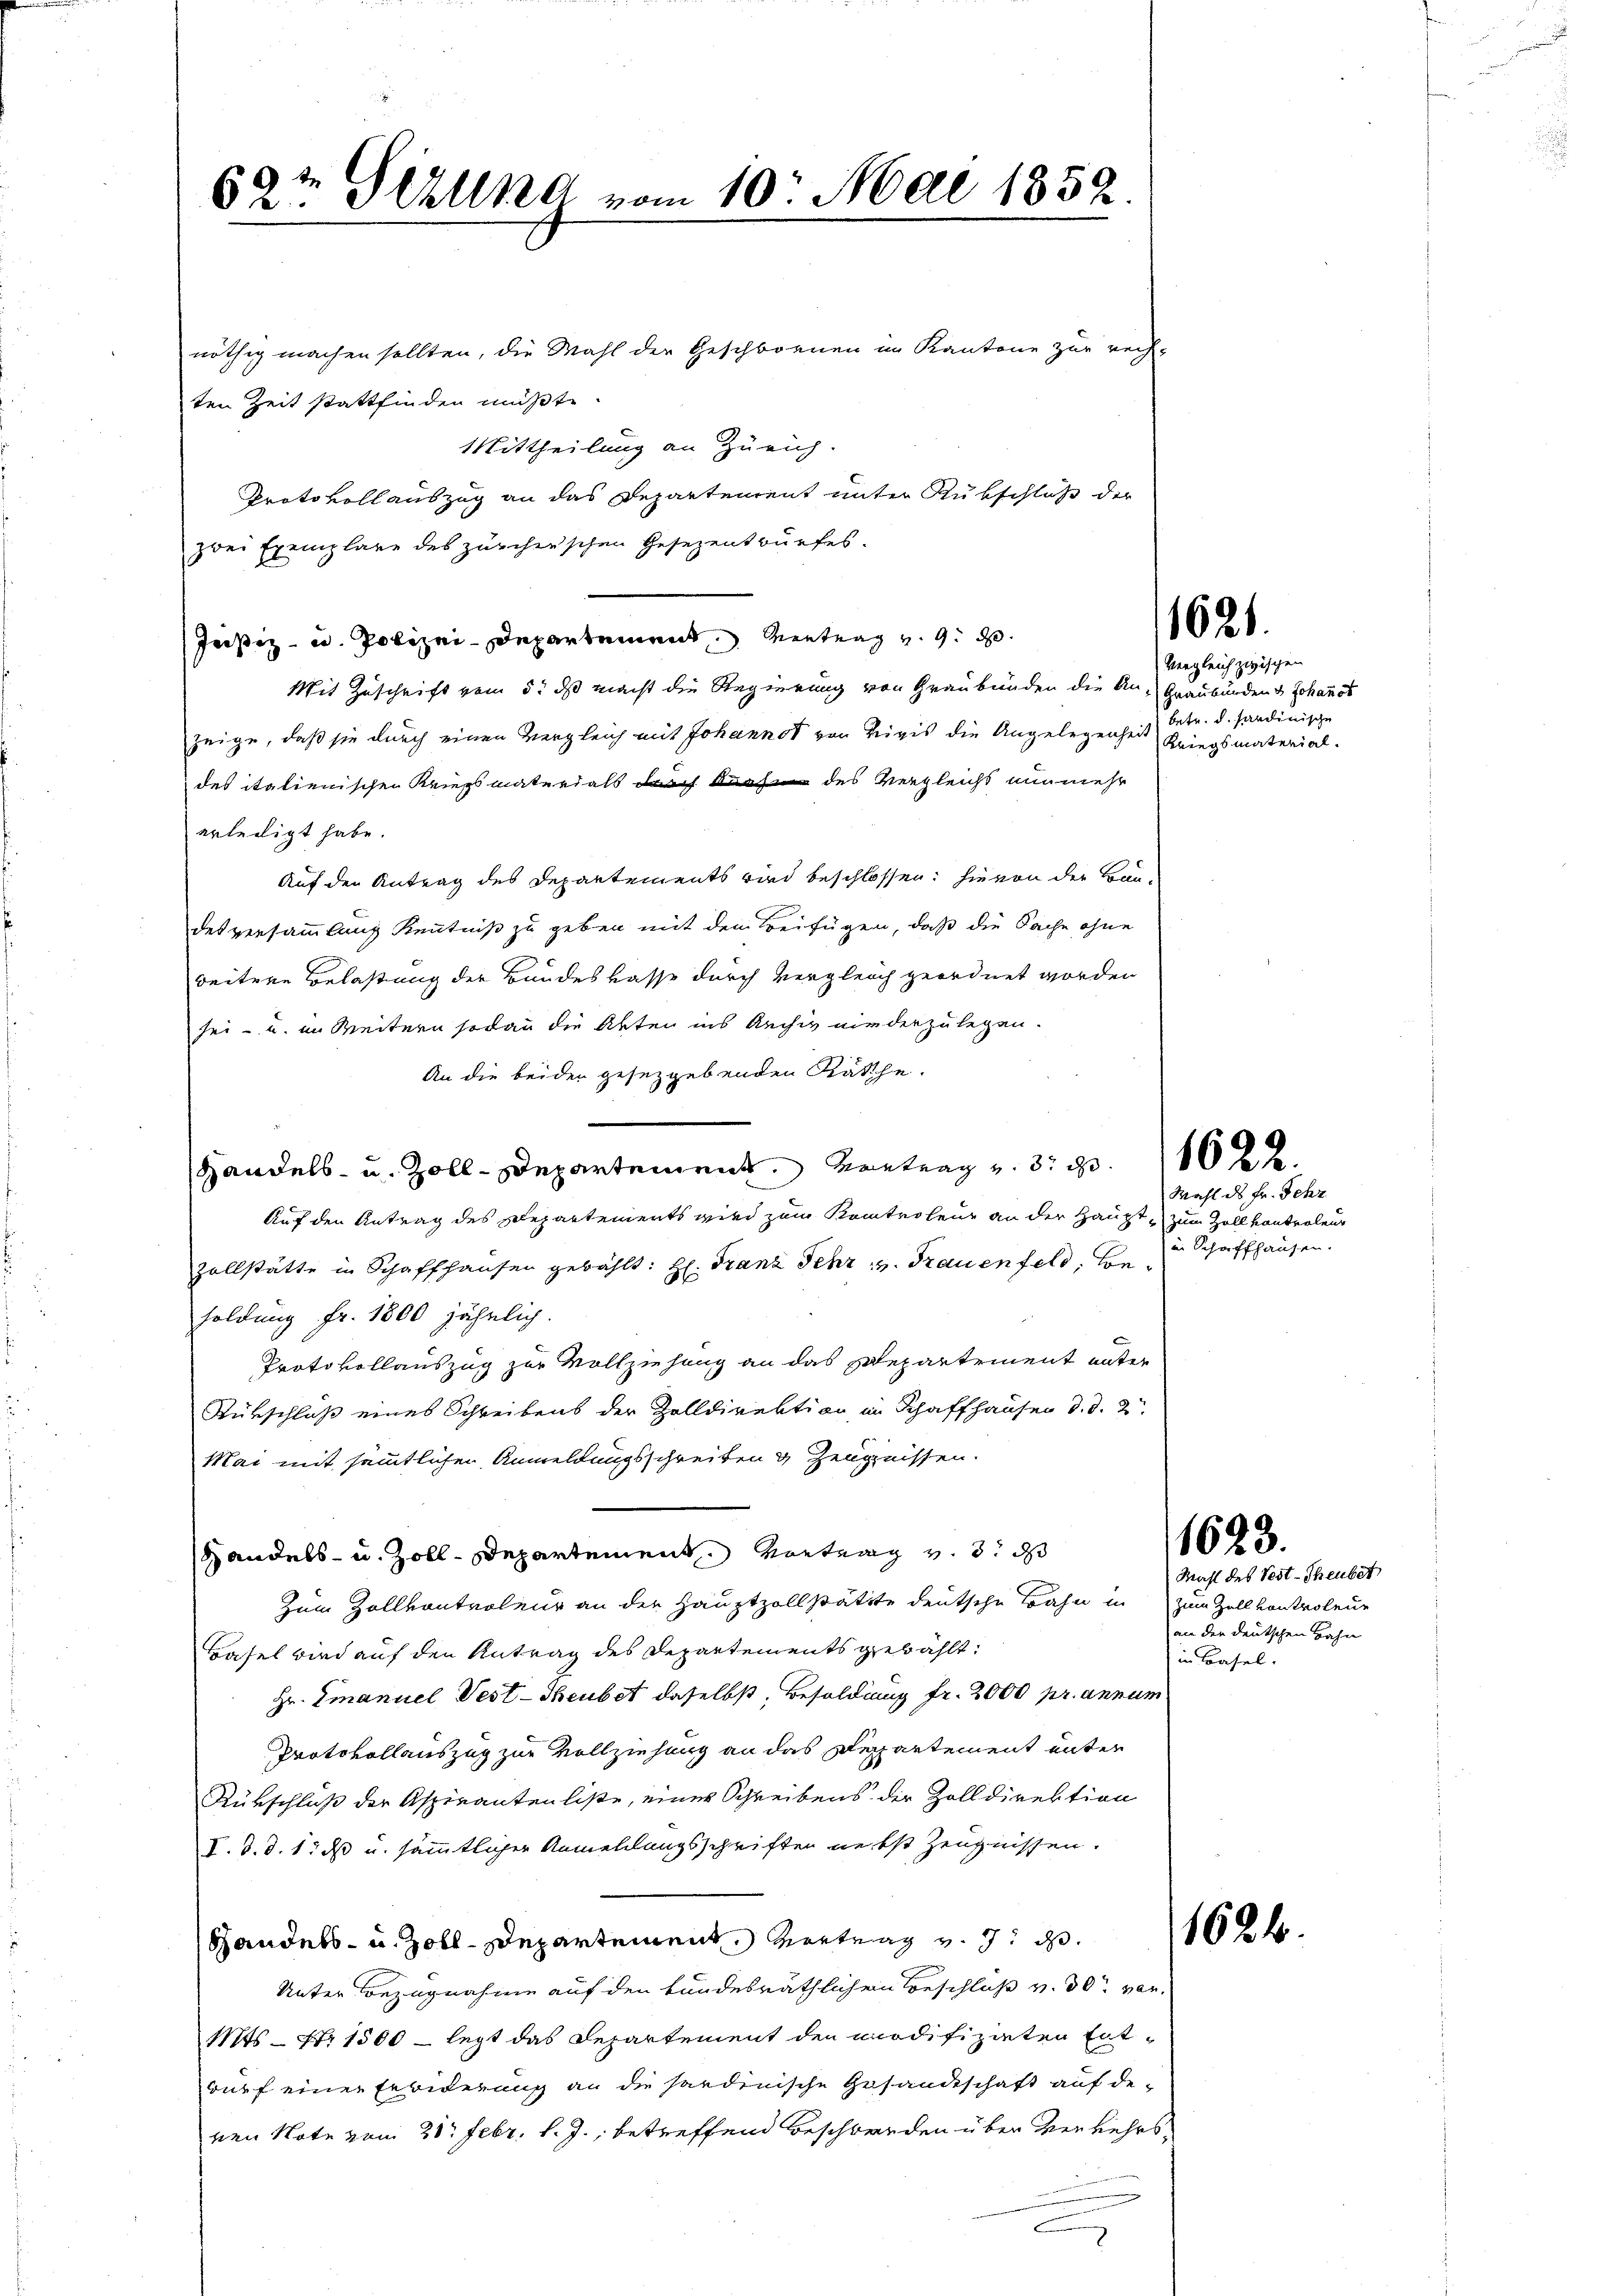
nöthig machen sollten, die Wahl der Geschwornen im Kantone zur rech-
ten Zeit stattfinden müßte.
Mittheilung an Zürich.
Protokollauszug an das Departement unter Rükschluß der
zwei Exemplare des zürcherschen Gesezentwurfes.
Justiz- u. Polizei-Departement Vertrag v. 9. d.
Mit Zuschrift vom 5. ds macht die Regierung von Graubünden die An- Graubünden & Johannes
zeige, daß sie durch einen Vergleich mit Johannst von Rivis die Angelegenheit
des italienischen Kriegsmaterdals durch durch des Vergleicht nunmehr
erledigt habe.
Auf den Antrag des Departements wird beschlossen: hievon der Bau-
desversammlung Kenntniß zu geben mit dem Beifügen, daß die Sache ohne
weitere Belastung der Bundeskasse durch Vergleich geordnet worden
sei- u. im Weitern sodann die Akten ins Rechiv niederzulegen.
An die beiden gesetzgebenden Räthe.
Handels- u. Zoll-Departement. Vortrag v. 3. d. 1102.
Auf den Antrag des Departements wird zum Kontroleur an der Haupt, zum Zoll kontrolen
zollstätte in Schaffhausen gewählt: H: Franz Sehr u. Frauenfeld, besoldung fr. 1800 jährlich.
e
Protokollauszug zur Vollziehung an das Departement unter
Rürschluß eines Schreibens der Zolldirektion im Schaffhausen d. d. 2
Mai mit sämmtlichen Anmeldungsschreiben 3 Zeugnissen.
Handels- u. Zoll-Departement Vortrag v. 3. ds
Zum Zollkontroleur an der Hauptzollstätte deutsche Bahn in zum Zell vontrolene
Basel wird auf den Antrag des Departements gewählt:
Hr. Emanuel Vest-Theubet daselbst, Besoldung fr. 2000 pr. annum
Protokollauszug zur Vollziehung an das Departement unter
Rükschluß der Aspirantenliste, einer Schreibens der Zolldirektion
V. d. d. 1. ds u. sämmtlicher Anmehlungsschriften nebst Zeugnissen.
Handels- u. Zoll-Departement, Vertrag v. J. d
Unter Bezugnahme auf den kundesräthlichen Beschluß v. 30. von
Mts. — Nr 1500 — legt das Departement den modifizirten Ent-
wurf einer Erbiderung an die sardinische Gesandtschaft auf de
ven Note vom 21. Febr. l. J., betreffend Beschwerden über verkehrs
C

69t Seelma vom 10. Mai 1852

Vergleich zwischen
betr. d. handinische
Kriegsmaterial¬

1621.

Wahl des Fr. Schr
in Schaffhausen.

an den deutschen Hahn
in Basel.

1623.
Mahl des Test-Theuber

1684.

.